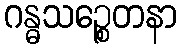
ဂန္ဓသဉ္စေတနာ